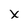
Character: x